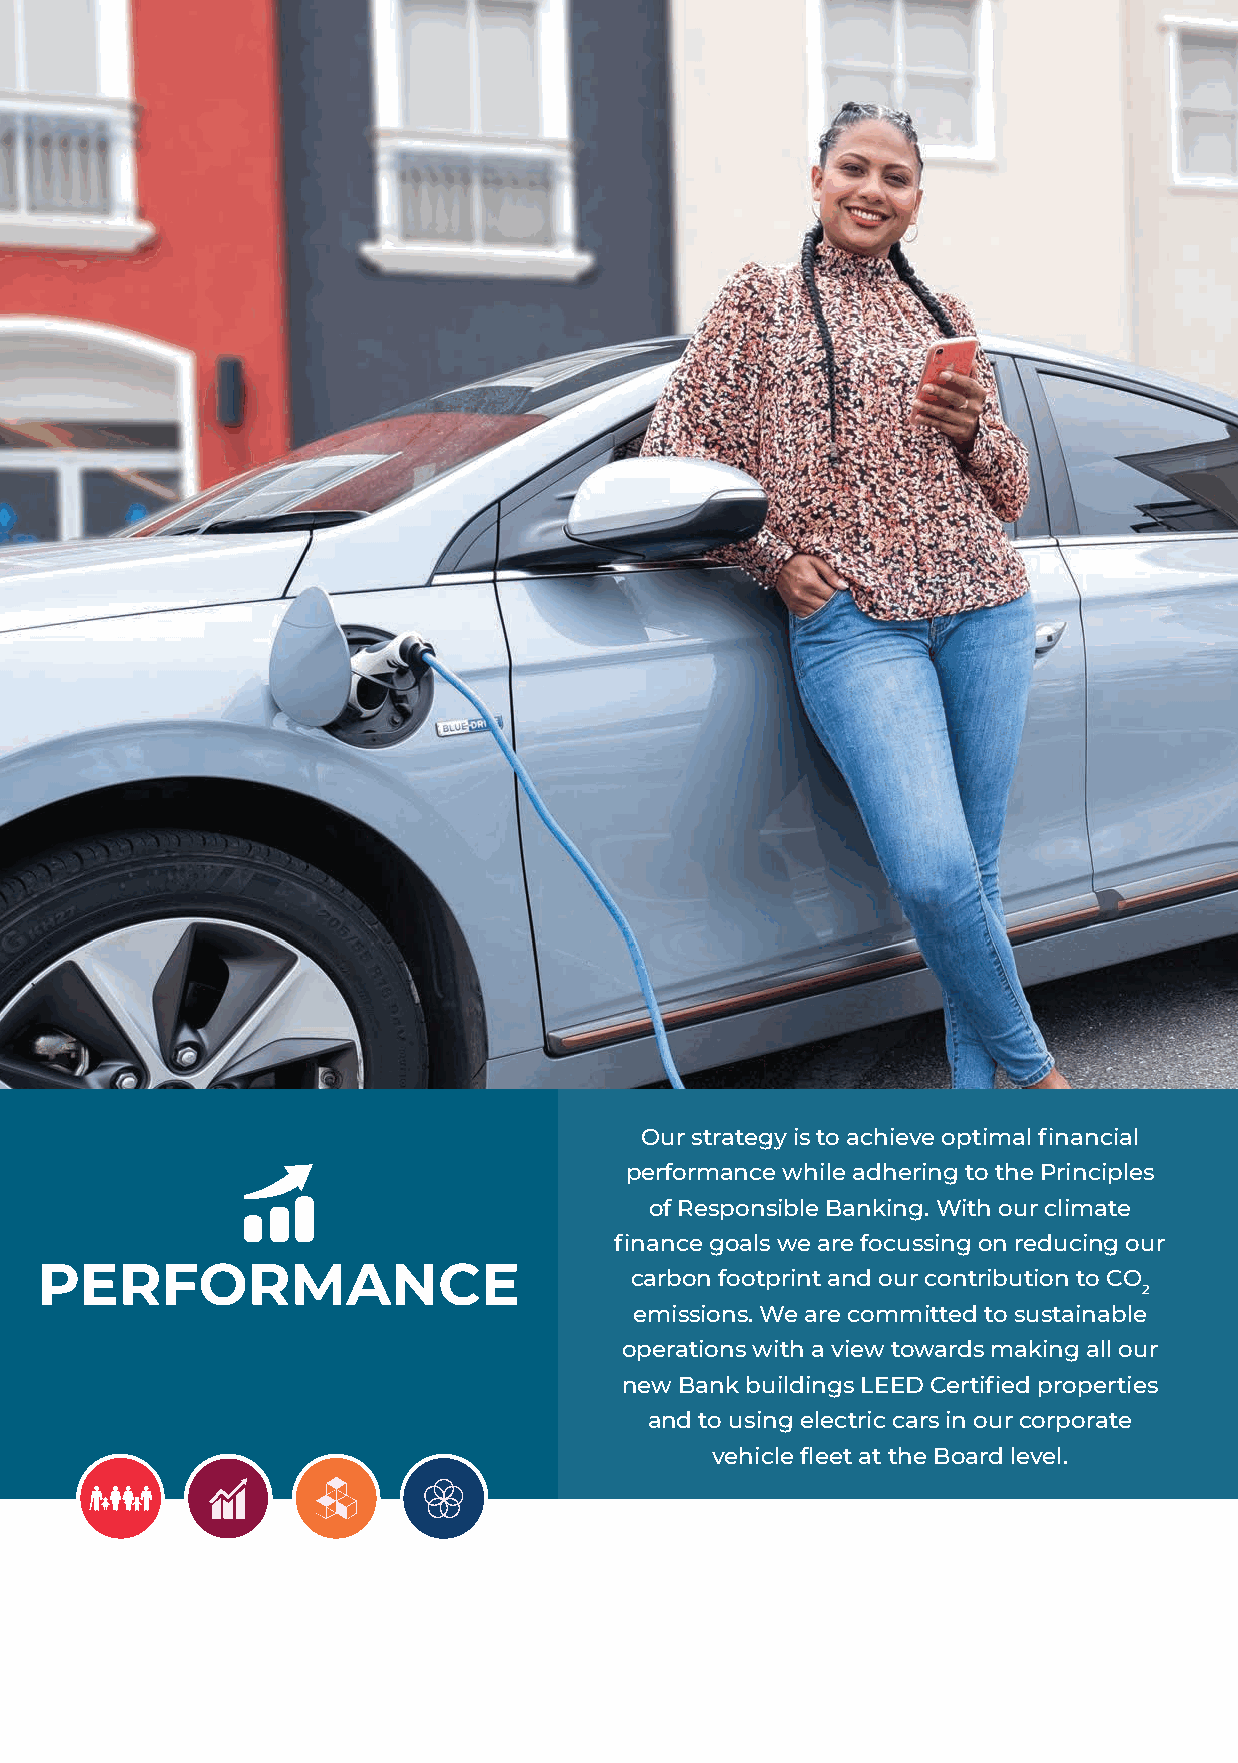
60                                                 CORPORATE SOCIAL RESPONSIBILITY
 Our strategy is to achieve optimal financial
 performance while adhering to the Principles
 of Responsible Banking. With our climate
 finance goals we are focussing on reducing our
 PERFORMANCE
 carbon footprint and our contribution to CO
 2
 emissions. We are committed to sustainable
 operations with a view towards making all our
 new Bank buildings LEED Certified properties
 and to using electric cars in our corporate
 vehicle fleet at the Board level.